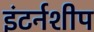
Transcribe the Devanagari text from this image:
इंटर्नशीप